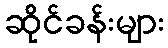
ဆိုင်ခန်းများ